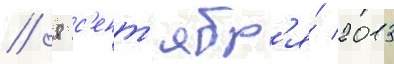
// 8 с'ент'ябр'я́ 2013